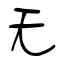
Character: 无